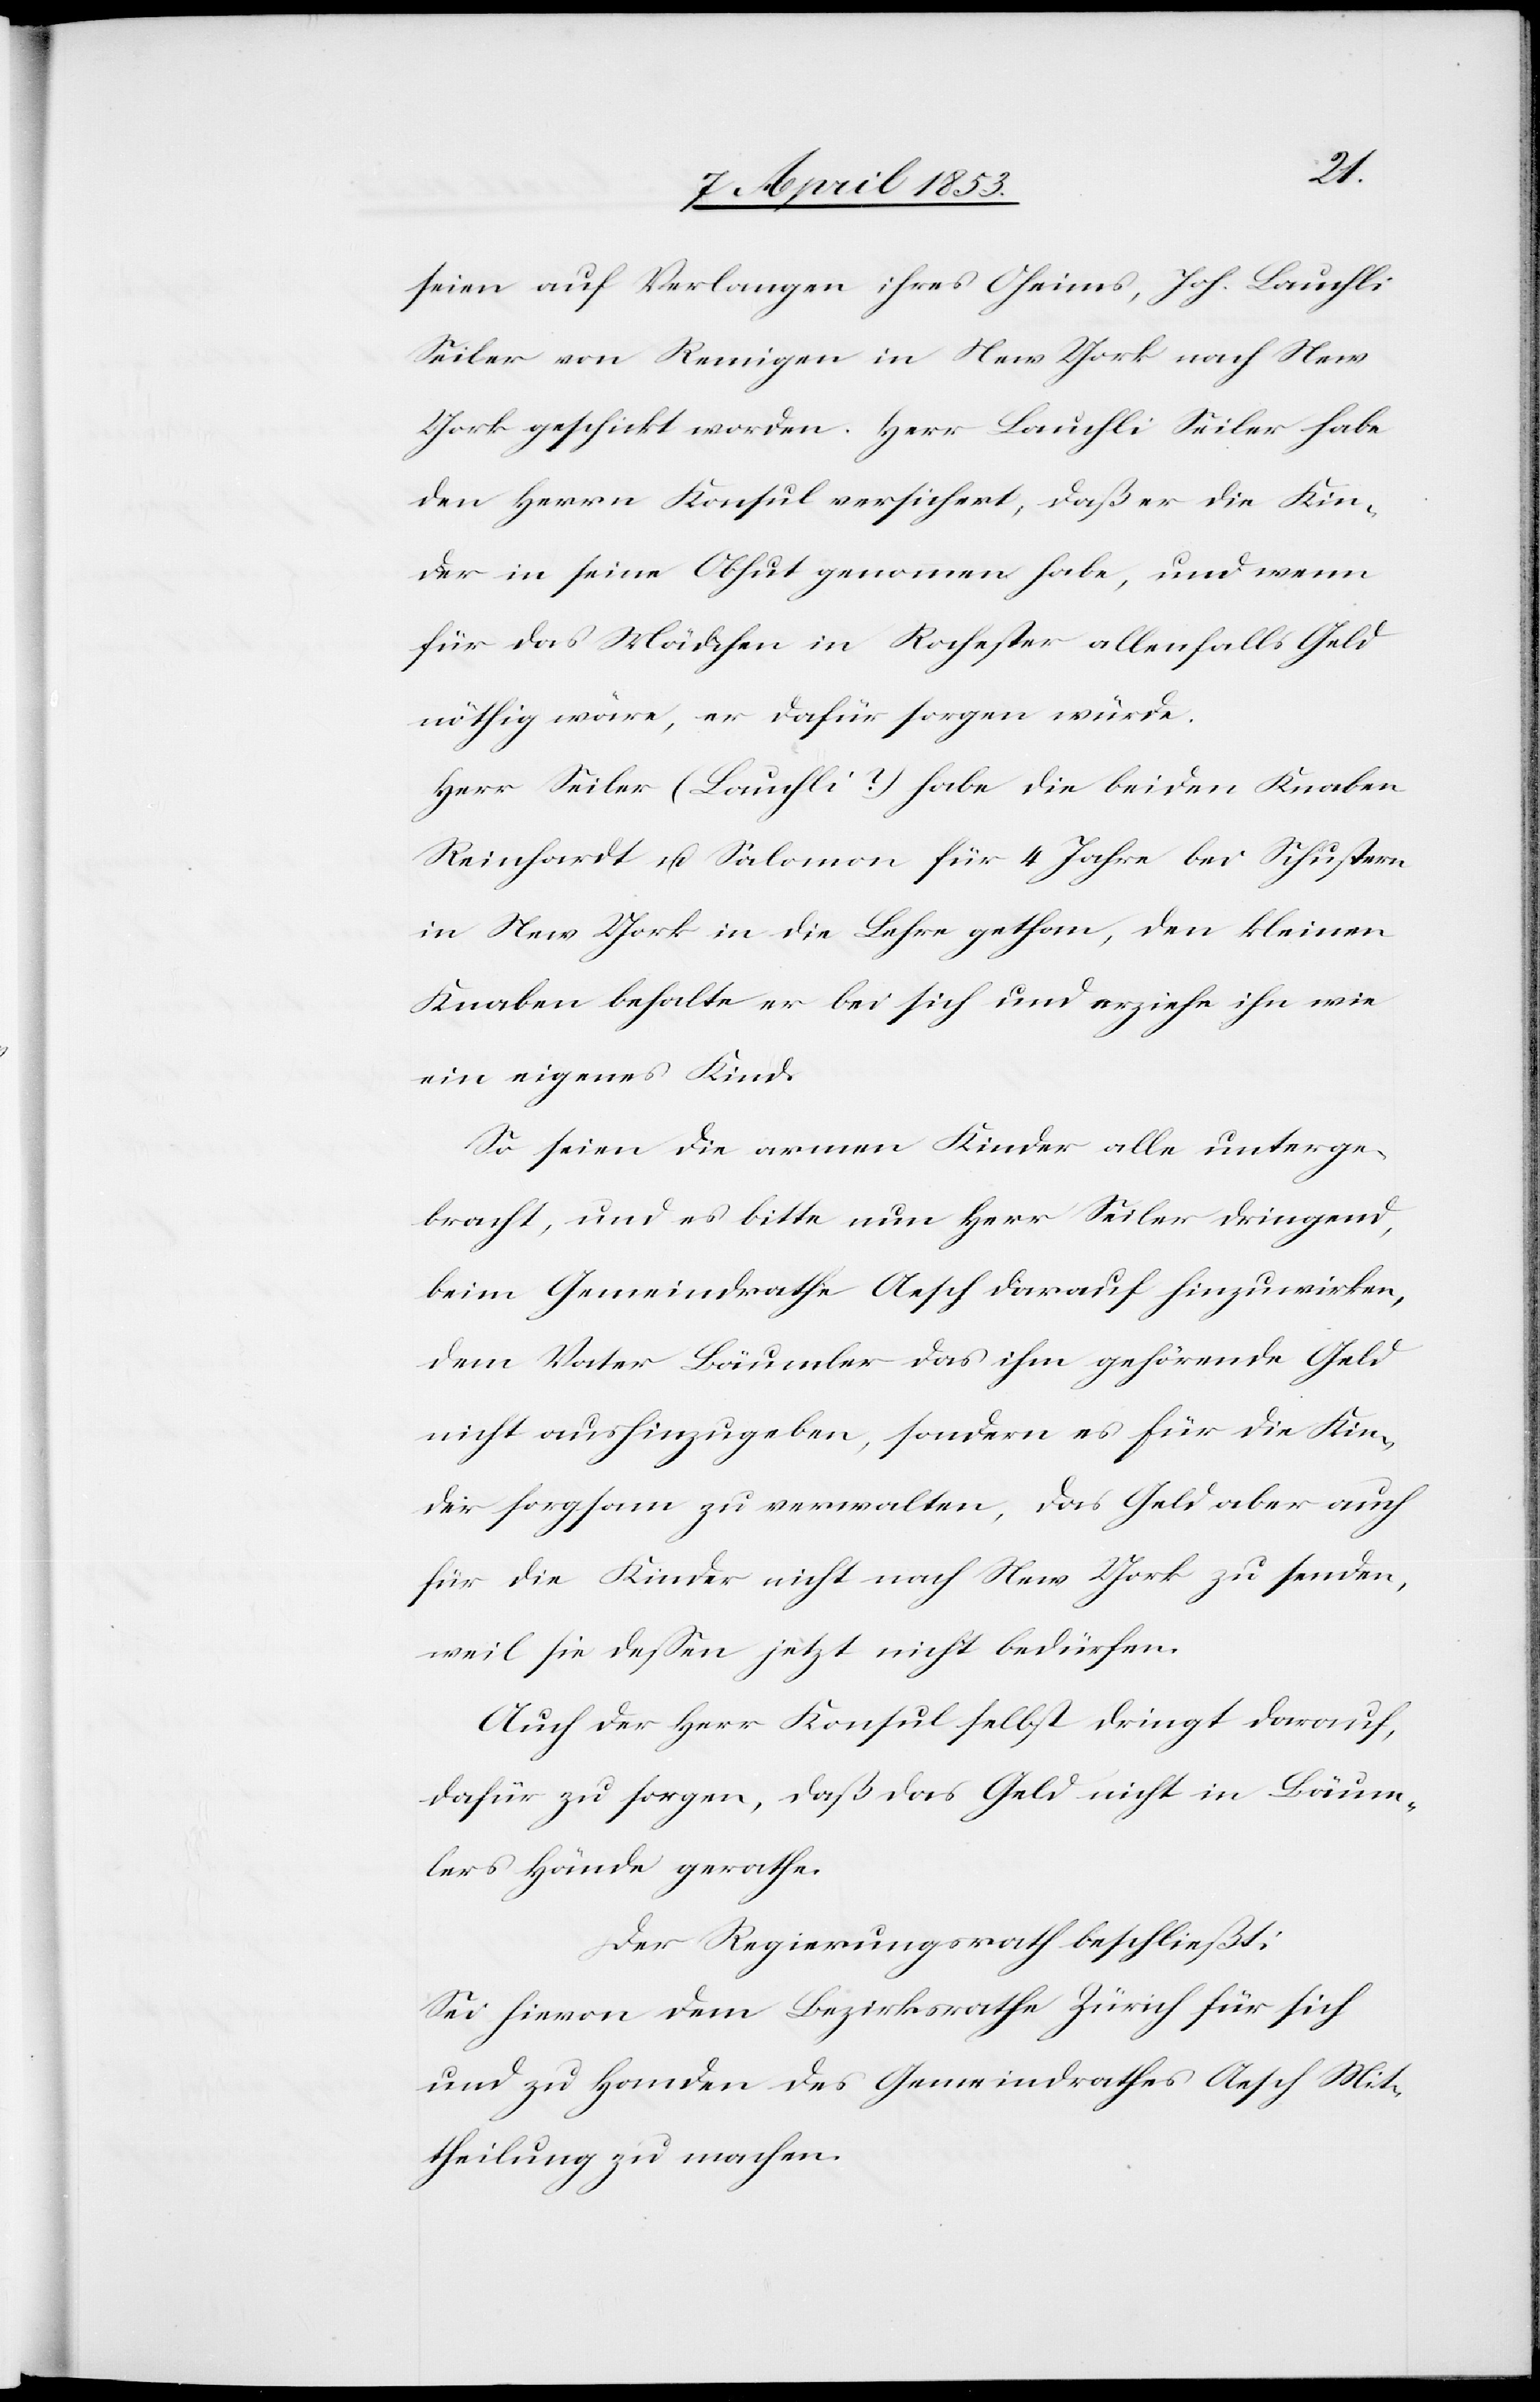
seien auf Verlangen ihres Oheims, Joh. Laufli
Seiler von Remingen in New-York nach New
den Herrn Konsul versichert, daß er die Kin¬
der in seine Obhut genommen habe, und wenn
für das Mädchen in Rochester allenfalls Geld
nöthig wäre, er dafür sorgen würde.
Herr Seiler (Laufli?) habe die beiden Knaben
Reinhardt u. Salomon für 4 Jahre bei Schustern
in New York in die Lehre gethan, den kleinen
Knaben behalte er bei sich und erziehe ihn wie
ein eigenes Kind.
So seien die armen Kinder alle unterge¬
bracht, und es bitte nun Herr Seiler dringend,
beim Gemeindrathe Aesch darauf hinzuwirken,
dem Vater Bäumler das ihm gehörende Geld
nicht aushinzugeben, sondern es für die Kin¬
der sorgsam zu verwalten, das Geld aber auch
für die Kinder nicht nach New York zu senden,
weil sie deßen jetzt nicht bedürfen.
Auch der Herr Konsul selbst dringt darauf,
dafür zu sorgen, daß das Geld nicht in Bäum¬
lers Hände gerathe.
Der Regierungsrath beschließt:
Sei hievon dem Bezirksrathe Zürich für sich
und zu Handen des Gemeindrathes Aesch Mit¬
theilung zu machen.